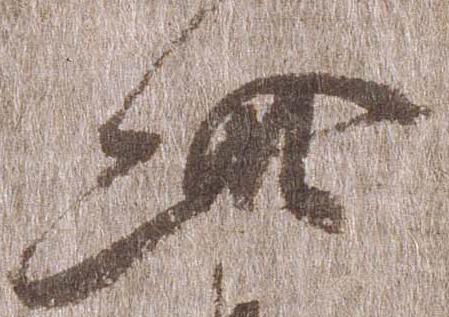
此